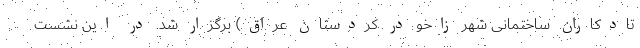
تادکاران ساختمانی شهر زاخو در کردستان عراق) برگزار شد. در این نشست